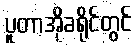
ပူတာအိုခရိုင်တွင်